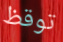
توقظ